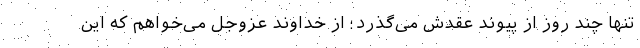
تنها چند روز از پیوند عقدش می‌گذرد؛ از خداوند عزوجل می‌خواهم که این